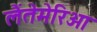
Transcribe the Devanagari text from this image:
लैंतेमेरिओ